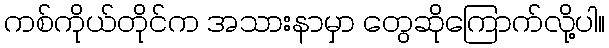
ကစ်ကိုယ်တိုင်က အသားနာမှာ တွေဆိုကြောက်လို့ပါ။